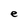
Character: e